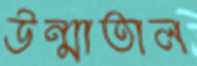
উন্মাতাল